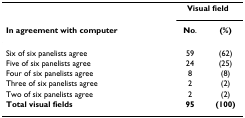
<table><thead><tr><td></td><td colspan="2"><b>Visual field</b></td></tr><tr><td><b>In agreement with computer</b></td><td><b>No.</b></td><td><b>(%)</b></td></tr></thead><tbody><tr><td>Six of six panelists agree</td><td>59</td><td>(62)</td></tr><tr><td>Five of six panelists agree</td><td>24</td><td>(25)</td></tr><tr><td>Four of six panelists agree</td><td>8</td><td>(8)</td></tr><tr><td>Three of six panelists agree</td><td>2</td><td>(2)</td></tr><tr><td>Two of six panelists agree</td><td>2</td><td>(2)</td></tr><tr><td><b>Total visual fields</b></td><td><b>95</b></td><td><b>(100)</b></td></tr></tbody></table>